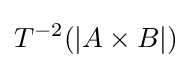
T^{-2}(|A\times B|)